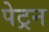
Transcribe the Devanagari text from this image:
पेट्रन